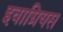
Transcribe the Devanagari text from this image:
इवाग्रियस